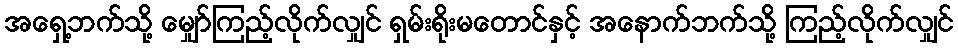
အရှေ့ဘက်သို့ မျှော်ကြည့်လိုက်လျှင် ရှမ်းရိုးမတောင်နှင့် အနောက်ဘက်သို့ ကြည့်လိုက်လျှင်